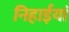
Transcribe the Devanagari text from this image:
निहाईयां